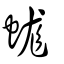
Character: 蛖